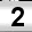
Digit: 2